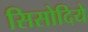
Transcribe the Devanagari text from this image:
सिसोदिये